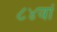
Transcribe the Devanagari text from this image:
८४वां